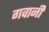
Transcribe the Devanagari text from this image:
गवानी